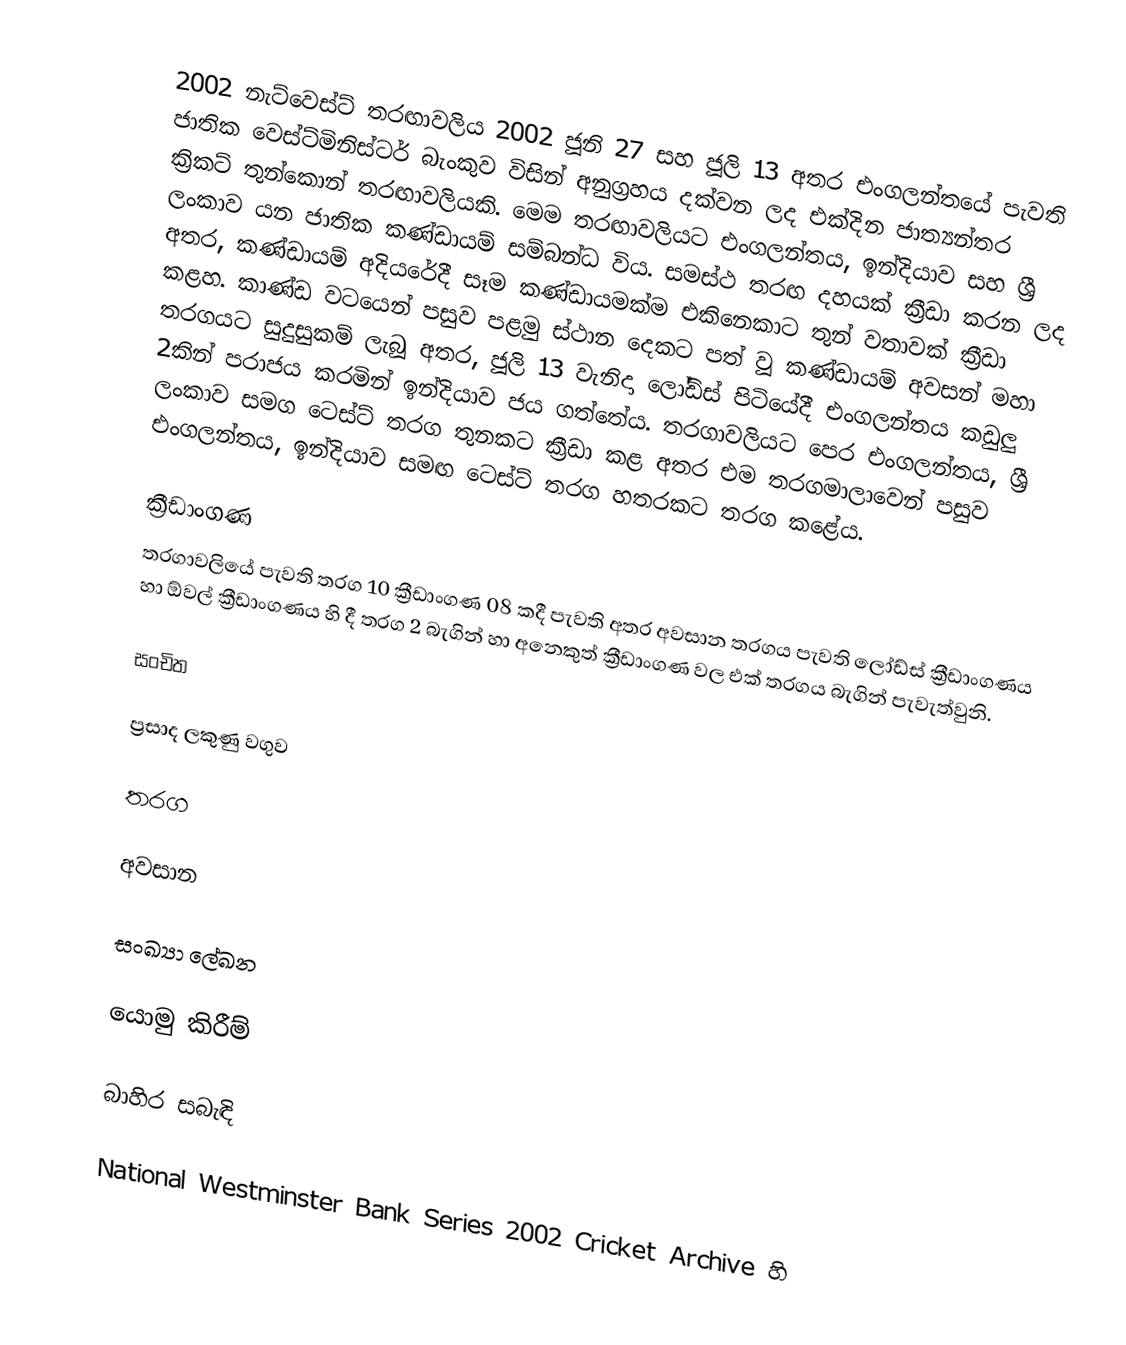
2002 නැට්වෙස්ට් තරඟාවලිය 2002 ජූනි 27 සහ ජූලි 13 අතර එංගලන්තයේ පැවති ජාතික වෙස්ට්මිනිස්ටර් බැංකුව විසින් අනුග්‍රහය දක්වන ලද එක්දින ජාත්‍යන්තර ක්‍රිකට් තුන්කොන් තරඟාවලියකි. මෙම තරඟාවලියට එංගලන්තය, ඉන්දියාව සහ ශ්‍රී ලංකාව යන ජාතික කණ්ඩායම් සම්බන්ධ විය. සමස්ථ තරඟ දහයක් ක්‍රීඩා කරන ලද අතර, කණ්ඩායම් අදියරේදී සෑම කණ්ඩායමක්ම එකිනෙකාට තුන් වතාවක් ක්‍රීඩා කළහ. කාණ්ඩ වටයෙන් පසුව පළමු ස්ථාන දෙකට පත් වූ කණ්ඩායම් අවසන් මහා තරගයට සුදුසුකම් ලැබූ අතර, ජූලි 13 වැනිදා ලෝඩ්ස් පිටියේදී එංගලන්තය කඩුලු 2කින් පරාජය කරමින් ඉන්දියාව ජය ගත්තේය. තරගාවලියට පෙර එංගලන්තය, ශ්‍රී ලංකාව සමග ටෙස්ට් තරග තුනකට ක්‍රීඩා කළ අතර එම තරගමාලාවෙන් පසුව එංගලන්තය, ඉන්දියාව සමඟ ටෙස්ට් තරග හතරකට තරග කළේය.

ක්‍රීඩාංගණ
තරගාවලියේ පැවති තරග 10 ක්‍රීඩාංගණ 08 කදී පැවති අතර අවසාන තරගය පැවති ලෝඩ්ස් ක්‍රීඩාංගණය හා ඕවල් ක්‍රීඩාංගණය හි දී තරග 2 බැගින් හා අනෙකුත් ක්‍රීඩාංගණ වල එක් තරගය බැගින් පැවැත්වුනි.

සංචිත

ප්‍රසාද ලකුණු වගුව

තරග

අවසාන

සංඛ්‍යා ලේඛන

යොමු කිරීම්

බාහිර සබැඳි

 National Westminster Bank Series 2002 Cricket Archive හි